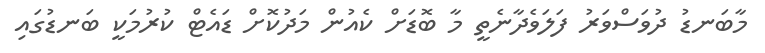
މާބަނޑު ދުވަސްވަރު ފަލަވެދާނެތީ މާ ބޮޑަށް ކެއުން މަދުކޮށް ޑައެޓް ކުރުމަކީ ބަނޑުގައި